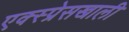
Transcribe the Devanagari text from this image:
एक्स्प्रेसखाली